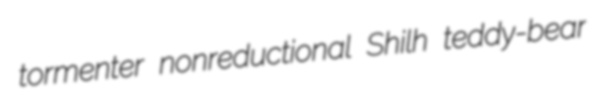
tormenter nonreductional Shilh teddy-bear